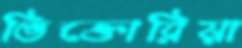
ভিক্তোরিয়া